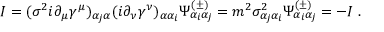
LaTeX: I = ( \sigma ^ { 2 } i \partial _ { \mu } \gamma ^ { \mu } ) _ { \alpha _ { j } \alpha } ( i \partial _ { \nu } \gamma ^ { \nu } ) _ { \alpha \alpha _ { i } } \Psi _ { \alpha _ { i } \alpha _ { j } } ^ { ( \pm ) } = m ^ { 2 } \sigma _ { \alpha _ { j } \alpha _ { i } } ^ { 2 } \Psi _ { \alpha _ { i } \alpha _ { j } } ^ { ( \pm ) } = - I \; .